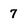
Character: 7